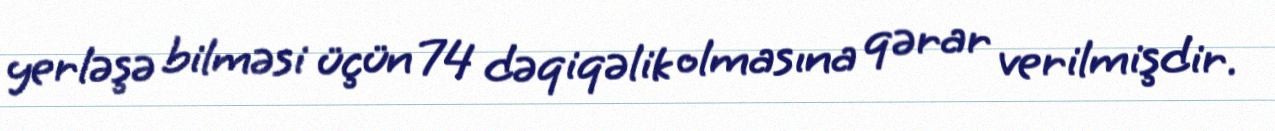
yerləşə bilməsi üçün 74 dəqiqəlik olmasına qərar verilmişdir.